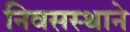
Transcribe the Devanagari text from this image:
निवसस्थाने